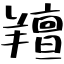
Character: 羶